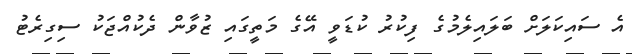
އެ ސައިކަލަށް ބަލައިލެމުގެ ފިކުރު ކުޑަވީ އޭގެ މަތީގައި ޒުވާން ދެކުއްޖަކު ސިގިރެޓު